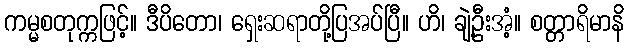
ကမ္မစတုက္ကဖြင့်။ ဒီပိတော၊ ရှေးဆရာတို့ပြအပ်ပြီ။ ဟိ၊ ချဲ့ဦးအံ့။ စတ္တာရိမာနိ